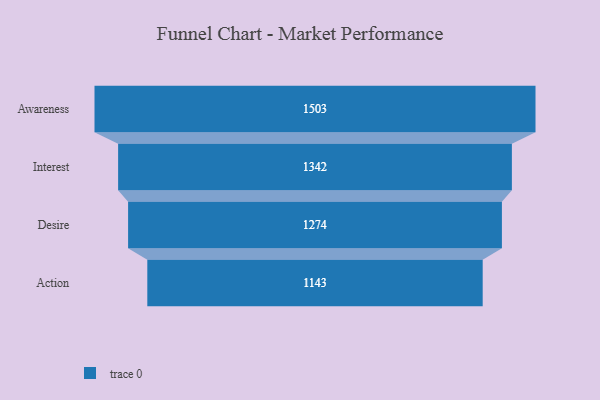
{"axis": {"x": "Stage", "y": "Value"}, "legend": [""], "data": [{"x": "Awareness", "y": 1503.0, "type": ""}, {"x": "Interest", "y": 1342.0, "type": ""}, {"x": "Desire", "y": 1274.0, "type": ""}, {"x": "Action", "y": 1143.0, "type": ""}]}